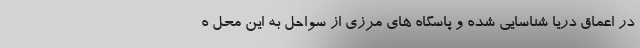
در اعماق دریا شناسایی شده و پاسگاه های مرزی از سواحل به این محل ه